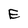
Character: E